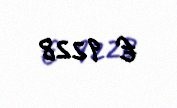
€ 9228